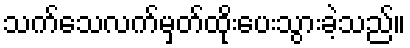
သက်သေလက်မှတ်ထိုးပေးသွားခဲ့သည်။